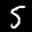
Label: 5